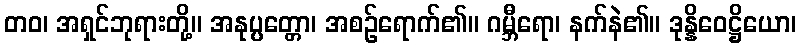
တဝ၊ အရှင်ဘုရားတို့။ အနုပ္ပတ္တော၊ အစဉ်ရောက်၏။ ဂမ္ဘီရော၊ နက်နဲ၏။ ဒုန္နိဝေဋ္ဌိယော၊